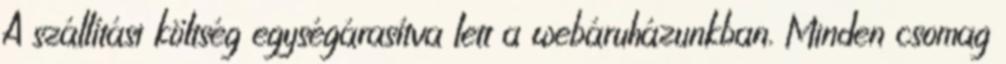
A szállítási költség egységárasítva lett a webáruházunkban. Minden csomag